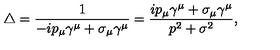
\bigtriangleup = \frac { 1 } { - i p _ { \mu } \gamma ^ { \mu } + \sigma _ { \mu } \gamma ^ { \mu } } = \frac { i p _ { \mu } \gamma ^ { \mu } + \sigma _ { \mu } \gamma ^ { \mu } } { p ^ { 2 } + \sigma ^ { 2 } } ,